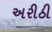
અરીઠી